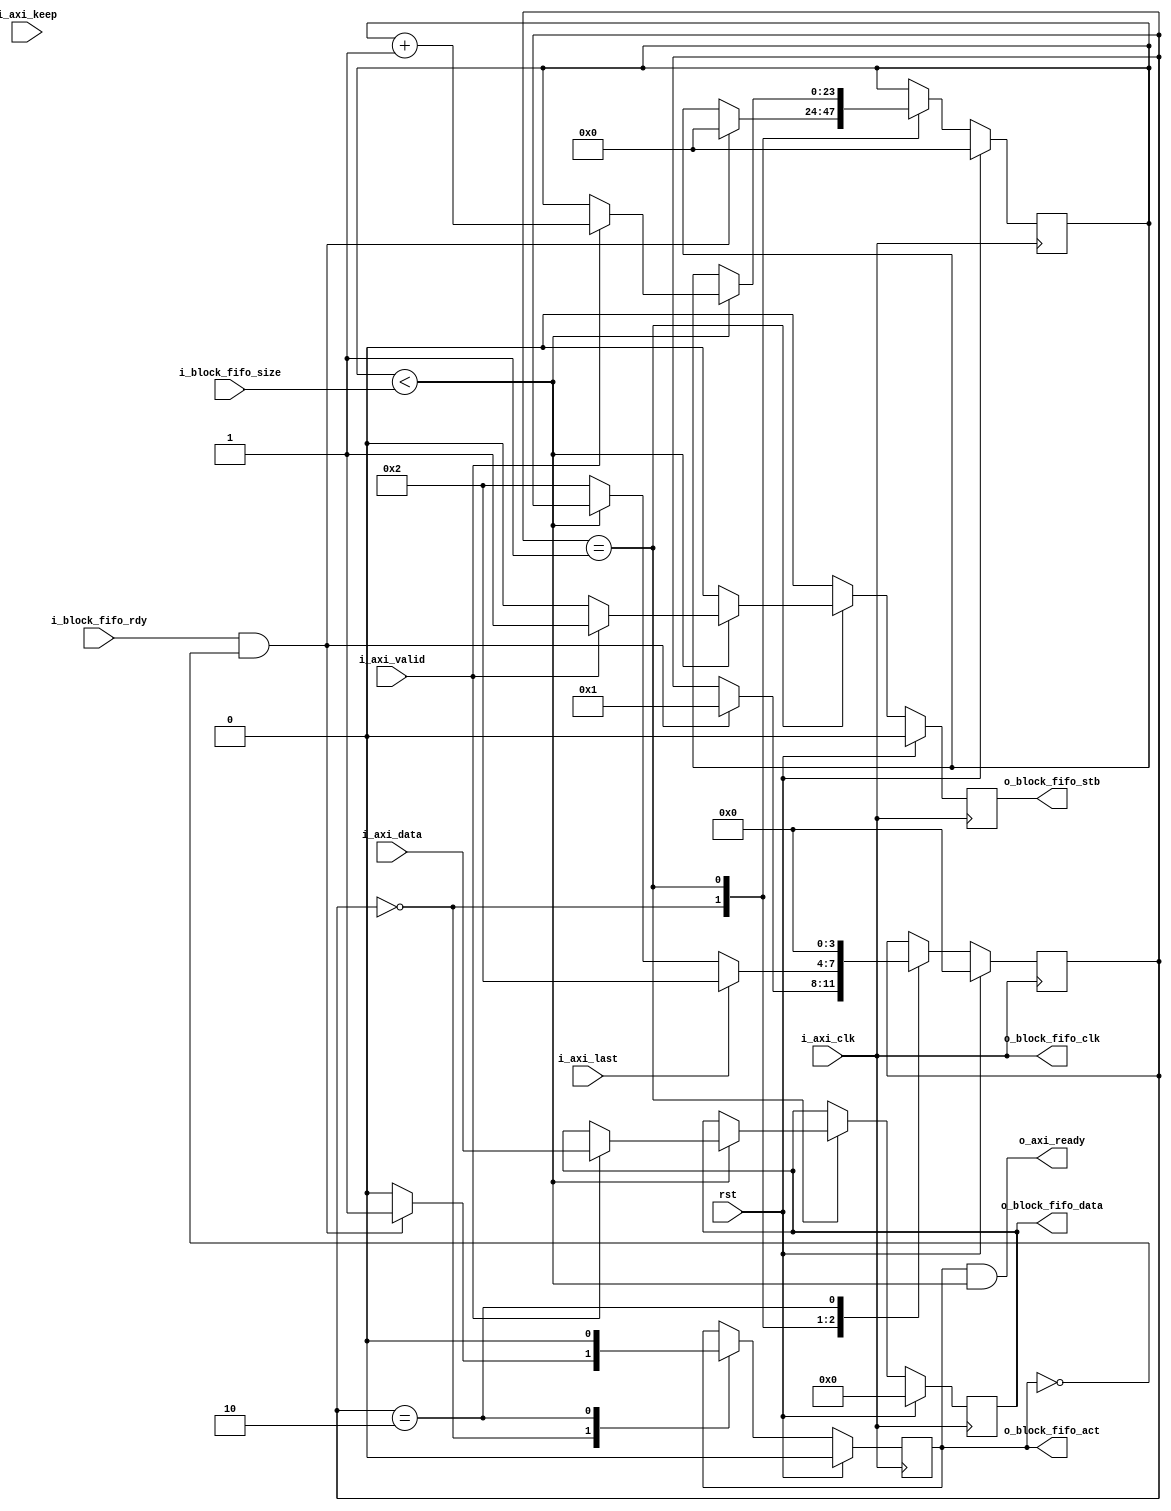
module adapter_axi_stream_2_block_fifo #(
  parameter                         DATA_WIDTH = 32,
  parameter                         STROBE_WIDTH = DATA_WIDTH / 8,
  parameter                         USE_KEEP = 0
)(
  input                             rst,

  //AXI Stream Input
  input                             i_axi_clk,
  output                            o_axi_ready,
  input       [DATA_WIDTH - 1:0]    i_axi_data,
  input       [STROBE_WIDTH - 1:0]  i_axi_keep,
  input                             i_axi_last,
  input                             i_axi_valid,

  //Ping Pong FIFO Write Controller
  output                            o_block_fifo_clk,
  input                             i_block_fifo_rdy,
  output  reg                       o_block_fifo_act,
  input       [23:0]                i_block_fifo_size,
  output  reg                       o_block_fifo_stb,
  output  reg [DATA_WIDTH - 1:0]    o_block_fifo_data
);
//local parameters
localparam      IDLE        = 0;
localparam      READY       = 1;
localparam      RELEASE     = 2;
//registes/wires
wire                        clk;  //Convenience Signal
reg           [3:0]         state;
reg           [23:0]        r_count;
//submodules
//asynchronous logic

//This is a little strange to just connect the output clock with the input clock but if this is done
//Users do not need to figure out how to hook up the clocks
assign  o_block_fifo_clk    = i_axi_clk;
assign  clk             = i_axi_clk;
assign  o_axi_ready     = o_block_fifo_act && (r_count < i_block_fifo_size);
//synchronous logic

always @ (posedge clk) begin
  o_block_fifo_stb          <=  0;

  if (rst) begin
    r_count                 <=  0;
    o_block_fifo_act        <=  0;
    o_block_fifo_data       <=  0;
    state                   <=  IDLE;
  end
  else begin
    case (state)
      IDLE: begin
        o_block_fifo_act        <=  0;
        if (i_block_fifo_rdy && !o_block_fifo_act) begin
          r_count           <=  0;
          o_block_fifo_act  <=  1;
          state             <=  READY;
        end
      end
      READY: begin
        if (r_count < i_block_fifo_size) begin
          if (i_axi_valid) begin
            o_block_fifo_stb    <=  1;
            o_block_fifo_data   <=  i_axi_data;

            r_count         <=  r_count + 1;
          end
        end
        //Conditions to release the FIFO or stop a transaction
        else begin
          state             <=  RELEASE;
        end
        if (i_axi_last) begin
          state             <=  RELEASE;
        end
      end
      RELEASE: begin
        o_block_fifo_act        <=  0;
        state               <=  IDLE;
      end
      default: begin
      end
    endcase
  end
end

endmodule